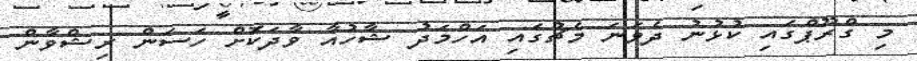
މި ގްރޫޕްގައި ކުޅުނު ދެވަނަ މެޗުގައި އަހްމަދު ޝާހުއާ ވާދަކޮށް ހަސަން ރިޝްވާން